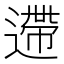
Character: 遰